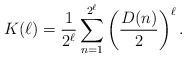
LaTeX: \begin{align*}K(\ell)= \frac{1}{2^\ell} \sum_{n=1}^{2^\ell} \left( \frac{D(n)}{2} \right)^\ell.\end{align*}